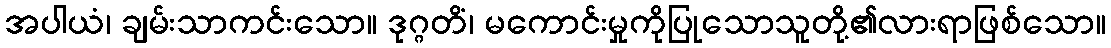
အပါယံ၊ ချမ်းသာကင်းသော။ ဒုဂ္ဂတိံ၊ မကောင်းမှုကိုပြုသောသူတို့၏လားရာဖြစ်သော။